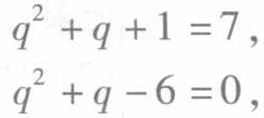
\[
\begin{align*}
q^{2}+q + 1&=7,\\
q^{2}+q - 6&=0,
\end{align*}
\]